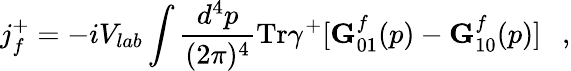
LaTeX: j_{f}^{+}=-iV_{lab}\int{\frac{d^{4}p}{(2\pi)^{4}}}\mathrm{Tr}\gamma^{+}[{\mathbf G}_{01}^{f}(p)-{\mathbf G}_{10}^{f}(p)]~~~,